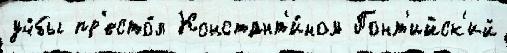
уч́бы пр'есто́л Констант'и́ном Понт'ийск'ий